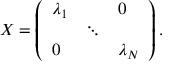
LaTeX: X = \left( \begin{array} { l l l } { { \lambda _ { 1 } } } & { { } } & { { 0 } } \\ { { } } & { { \ddots } } & { { } } \\ { { 0 } } & { { } } & { { \lambda _ { N } } } \end{array} \right) .